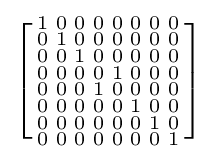
\left[{\begin{smallmatrix}1&0&0&0&0&0&0&0\\0&1&0&0&0&0&0&0\\0&0&1&0&0&0&0&0\\0&0&0&0&1&0&0&0\\0&0&0&1&0&0&0&0\\0&0&0&0&0&1&0&0\\0&0&0&0&0&0&1&0\\0&0&0&0&0&0&0&1\end{smallmatrix}}\right]